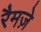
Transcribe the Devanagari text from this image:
रैमज़े